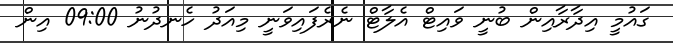
ގައުމީ އިދާރާއިން ބުނީ ވައިޓް އެލާޓް ނެރެފައިވަނީ މިއަދު ހެނދުނު 09:00 އިން